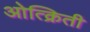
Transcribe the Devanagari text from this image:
ओत्क्रिती